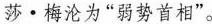
莎·梅沦为”弱势首相”。